Vital statistics of India. Vol. VI, European troops 1870-79
Year: 1870
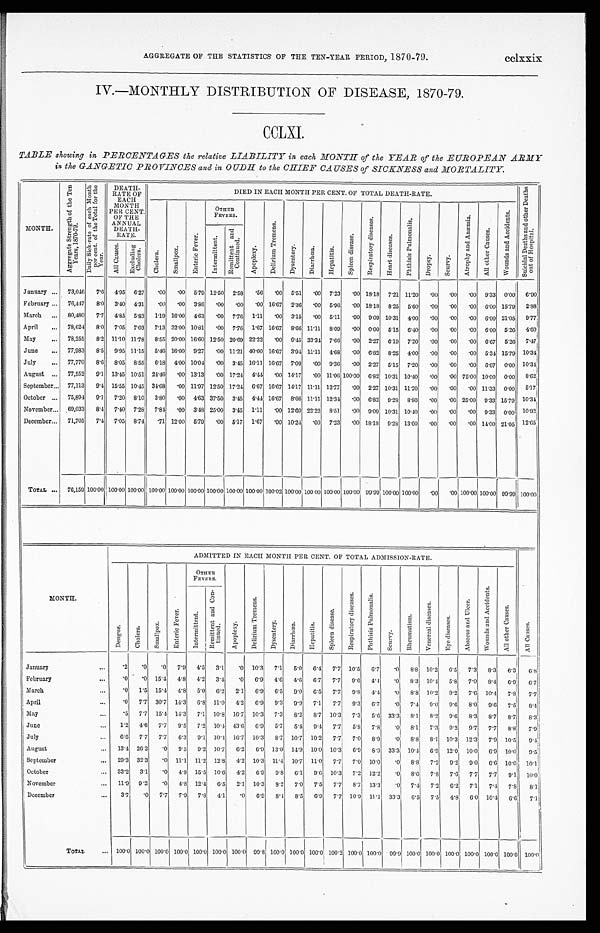
AGGREGATE OF THE STATISTICS. OF THE TEN.YEAR PERIOD, 1870.79. ccixxix
IV.—MONTHLY DISTRIBUTION OF DISEASE, 1870.79.
CCLXI.
TABLE showing in PERCENTAGES the relative LIABILITY in each MONTH of the YEAR of the EUROPEAN ARMY
in the GANGETIC PROVINCES and in OUDH to the CHIEF CAUSES of SICKNESS and MORTALITY.
MONTH.
A g g r e g a t e S t r e n g t h o n t h e T e n Y e a r s , 1 8 7 0 . 1 8 7 9 .
D a i l y S i c k r a t e o f e a c h M o n t h p e r c e n t o f t h e T o t a l f o r t h e Y e a r .
DEATH RATE OF EACH MONTH
PER CENT.
OF THE
ANNUAL
DEATH.
RATE.
DIED IN EACH MONTH PER CENT. OP TOTAL DEATH RATE.
S u i c i d a l D e a t h s a n d o t h e r D e a t h s o u t o f H o s p i t a l .
C h o l e r a .
Smallpox.
En t e r i c Fe v e r .
OTHER
FEVERS.
A p o p l e x y .
D e l i r i u m T r e m e n s .
D y s e n t e r y .
D i a r r h o e a .
H e p a t i t i s .
S p l e e n d i s e a s e .
R e s p i r a t o r y d i s e a s e s .
He a r t di s e a s e s .
P h t h i s i s P u l m o n a l i s .
D r o p s y .
S c u r v y .
A t r o p h y a n d A n æ m i a .
A l l o t h e r C a s e s .
W o u n d s a n d A c c i d e n t s .
I n t e r m i t t e n t .
Re mi t t e n t a n d Co n t i n u e d .
A l l C a u s e s .
E x c l u d i n g C h o l e r a .
January ...
73,046
7.6
4.95
6.27
.00
. 0 0 5.79 12.50
2.58
. 5 6
. 0 0 5.51
.00
7.23
.00 18.18
7.21 11.20
.00
.00
.00
9.33
0.00
6.90
February ...
76,447
8.0
3.40
4 . 3 1
.00
.00
3.86
. 0 0
.00
. 0 0 16.67
2.36
. 0 0 5.96
. 0 0 18.18
8.25
5.60
.00
.00
.00
6.00
15.79
2.88
March
...
80,480
7.7
4.85
5.83
1 . 1 9
1 6 . 0 0 4.63
.00
7.76
1 1 . 1 1
. 0 0 3.15
.00
5.11
. 0 0 9.09 10.31
4.00
.00
.00
.00
6.00 21.05
9.77
April
...
78,624
8 . 0
7.05
7 . 0 3
7.13 32.00 10.81
.00
7.76
1.67
1 6 . 1 7 8.66 11.11
8.09
. 0 0 0.00
5.15
6.40
.00
.00
.00
6.00
5.26
4 . 6 0
May
...
78,255
8.2
11.10 11.78
8.55 20.00
16.60
1 2 . 5 0
2 0 . 6 9 22.22
.00
9.45
3 3 . 3 4 7.66
.00
2.27
6.19
7.20
.00
. 0 0
.00
6.67
5.26
7 . 4 7
June
...
77,983
8 . 5
9.95
1 1 . 1 5
5.46
1 6 . 0 0 9.27
.00 11.21 40.00 16.67
3.94 11.11
4.68
.00
6.82
8.25
4.00
.00
.00
.00
5.34 15.79
10.34
July
...
77,770
8.6
8.05
8.55
6 . 1 8 4.00 10.04
.00
3 . 4 5
1 6 . 1 1 16.67
7.09
.00
9.36
.00
2.27
5.15
7.20
.00
.00
.00
6.67
0.00
10.34
August
...
77,552
9.1
13.45 10.51
2 4 . 4 6
.00 13.13
.00 17.24
4 . 4 4
.00 14.17
.00
11.06
1 0 0 . 0 0 6.82 10.31
10.40
.00
.00 75.00 10.00
0.00
8.62
September..
77,113
9.4
15.55
1 0 . 4 5 34.68
.00
11.97
12.50 17.14
6 . 6 7 16.67 14.17
1 1 . 1 1 12.77
.00
2.27 10.31 11.20
.00
.00
.00 11.33
0.00
5 . 1 7
October ...
75,894
9.1
7.20
8.10
3.80
.00
4.63 37.50
3.45
4.44 16.67
8.66 11.11 12.34
.00
6.82
9.18
8.80
.00
.00 25.00
9.33 15.79
10.34
November._
69,033
8 . 4
7. 40
7.28
7.84
.00
3.48 25.00
3 . 4 5
1.11
.00 12.60 22.22
8.51
.00
9.09 10.31 10.40
.00
. 0 0
.00
9.33
0.00
10.92
December...
71,705
7 . 4
7.05
8.74
.71
1 2 . 0 0 5.79
.00
5.17
1.67
.00 10.24
.00
7.23
.00 18.18
9.28
13.60
.00
.00
.00 14.00
21.05
12.65
.
TOTAL ...
76,159 100.00 100.00 100.00
1 0 0 . 0 0 100.00 100.00 100.00 100.00 100.00 100.00 100.00 100.00 100.00 100.00 99.99 100.00 100.00
.00
.00
1 0 0 . 0 0
100.00
99.99 100.00
MONTH .
ADMITTED IN EACH MONTH PER CENT. OF TOTAL ADMISSION RATE.
D e n g u e .
C h o l e r a .
S m a l l p o x
E n t e r i c F e v e r
O T H E R
FEVERS.
A p o p l e x y .
D e l i r i u m T r e m e n s .
D y s e n t e r y .
D i a r r h o e a .
H e p a t i t i s .
S p l e e n d i s e a s e .
R e s p i r a t o r y d i s e a s e s .
P h t h i s i s P u l mo n a l i s .
S c u r v y .
R h e u m a t i s m .
V e n e r e a l d i s e a s e s .
Eye di s eas es .
A b s c e s s a n d U l c e r .
W o u n d s a n d A c c i d e n t s .
A l l o t h e r C a u s e s .
A l l C a u s e s .
I n t e r m i t t e n t .
R e m i t t e n t a n d C o n t i n u e d .
January
...
. 2
.0 .0
7.9
4.5
3.1
.0
10.3
7 . 1
5 . 0
6 . 4
7.7
10.5
6.7
. 0
8 . 8 10.2
6 . 5
7 . 3
8.3
6.3
6.8
February
...
.0
.0
1 5 . 4
4.8
4.2
3 . 4
.0
6 . 9 4.6
4.6
6.7
7.7
9.6
4 . 4
.0
8.3 10.4
5.8
7.0
8.4
6.9
6.7
March
.0
1.5 15.4
4.8
5.0
6.2
2.1
6.9
0.9
9.0
6.9
7.7
9 . 8
4.4
. 0
8.8 10.2
9.2
7.6
10.4
7.8
7.7
April
...
.0
7.7
30.7
14.3
6.8
11.0
4.2
6 . 9 9.3
9 . 9
7.1
7.7
9.3
6.7
.0
7.4
9.0
9.6
8.0
9.6
7.5
8 . 4
May
.5
7.7
15.4
14.3
7.1
10.8
16.7
10.3
7.3
8.2
8.7
10.3
7.3
5.6 33.3
8.1
8.2
9.6
8.3
8.7
8.7
8.3
June
. . .
1.2
4.6
7.7
9.5
7.2
10.4 43.06
6 . 9 5.7
5 . 4
9.4
7.7
5.8
7.8
.0
8.1
7.3
9.2
9.7
7.7
8.8
7.9
July
...
6.6
7.7
7.7
6 . 3
9.1
10.4
16.7
10.3
8.7
10.7
10.2
7.7
7.0
8.9
. 0
8.1
8.1
10.3
11.3
7.9
10.5
9.4
August
...
13.4
26.2
.0
9.5
9.2
10.7
6 . 2
6.9
1 3 . 0 14.9
10.0
10.3
6 . 9
8 . 9 33.3
10.4
6.9
12.0 10.0
6.9
10.0
9.5
September
...
29.3
32.3
.0
11.1
11.2
12.8
4.2
10.3
11.4
10.7
11.0
7.7
7.0
10.0
. 0
8.8
7.2
9.2
9.0
6.6
10.0
10.1
October
...
33.2
3.1
.0
4.8
15.5
1 0 . 6
4.2
6.9
9.8
6.1
9.6
10.3
7.2
12.2
. 0
8.6
7.8
7.6
7.7
7.7
9.1
10.0
November
. . .
11.9
9.2
.0
4.8
12.4
6.5
2.1
10.3
8.2
7.0
7.5
7.7
8.7
13.3
.0
7.4
7.2
6 . 2
7.1
7.4
7.8
8.1
December
...
3.7
.0
7.7
7.9
7.8
4.1
.0
6.9
8.4
8.9
6 . 9
7 . 7
10.9
11.1
33.3
6 . 5
7.5
4.8
6.0
10.4
6.6
7.1
TOTAL
...
100.0 100.0 100.0 100.0 100.0 100.0
100.0
99.8 100.0 100.0 100.0
100.2 100.0 100.0
99.9 100.0
100 . 0 100.0
1 0 0 . 0 100.0 100.0
100.0